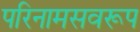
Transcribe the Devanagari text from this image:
परिनामसवरूप